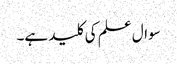
سوال علم کی کلید ہے۔